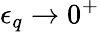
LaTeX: \epsilon_{q}\rightarrow 0^{+}